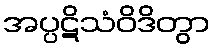
အပ္ပဋိသံဝိဒိတွာ